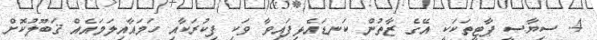
4. ސިޔާސީ ޕާޓީތަކަކީ އޭގެ ޒާތުން ކަނޑައެޅިފައިވާ ވަކި ފިކުރަކާއި ހަމައާއިލަމައެއް ޤަބޫލުކޮށް